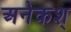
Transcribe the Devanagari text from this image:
अनेकश्